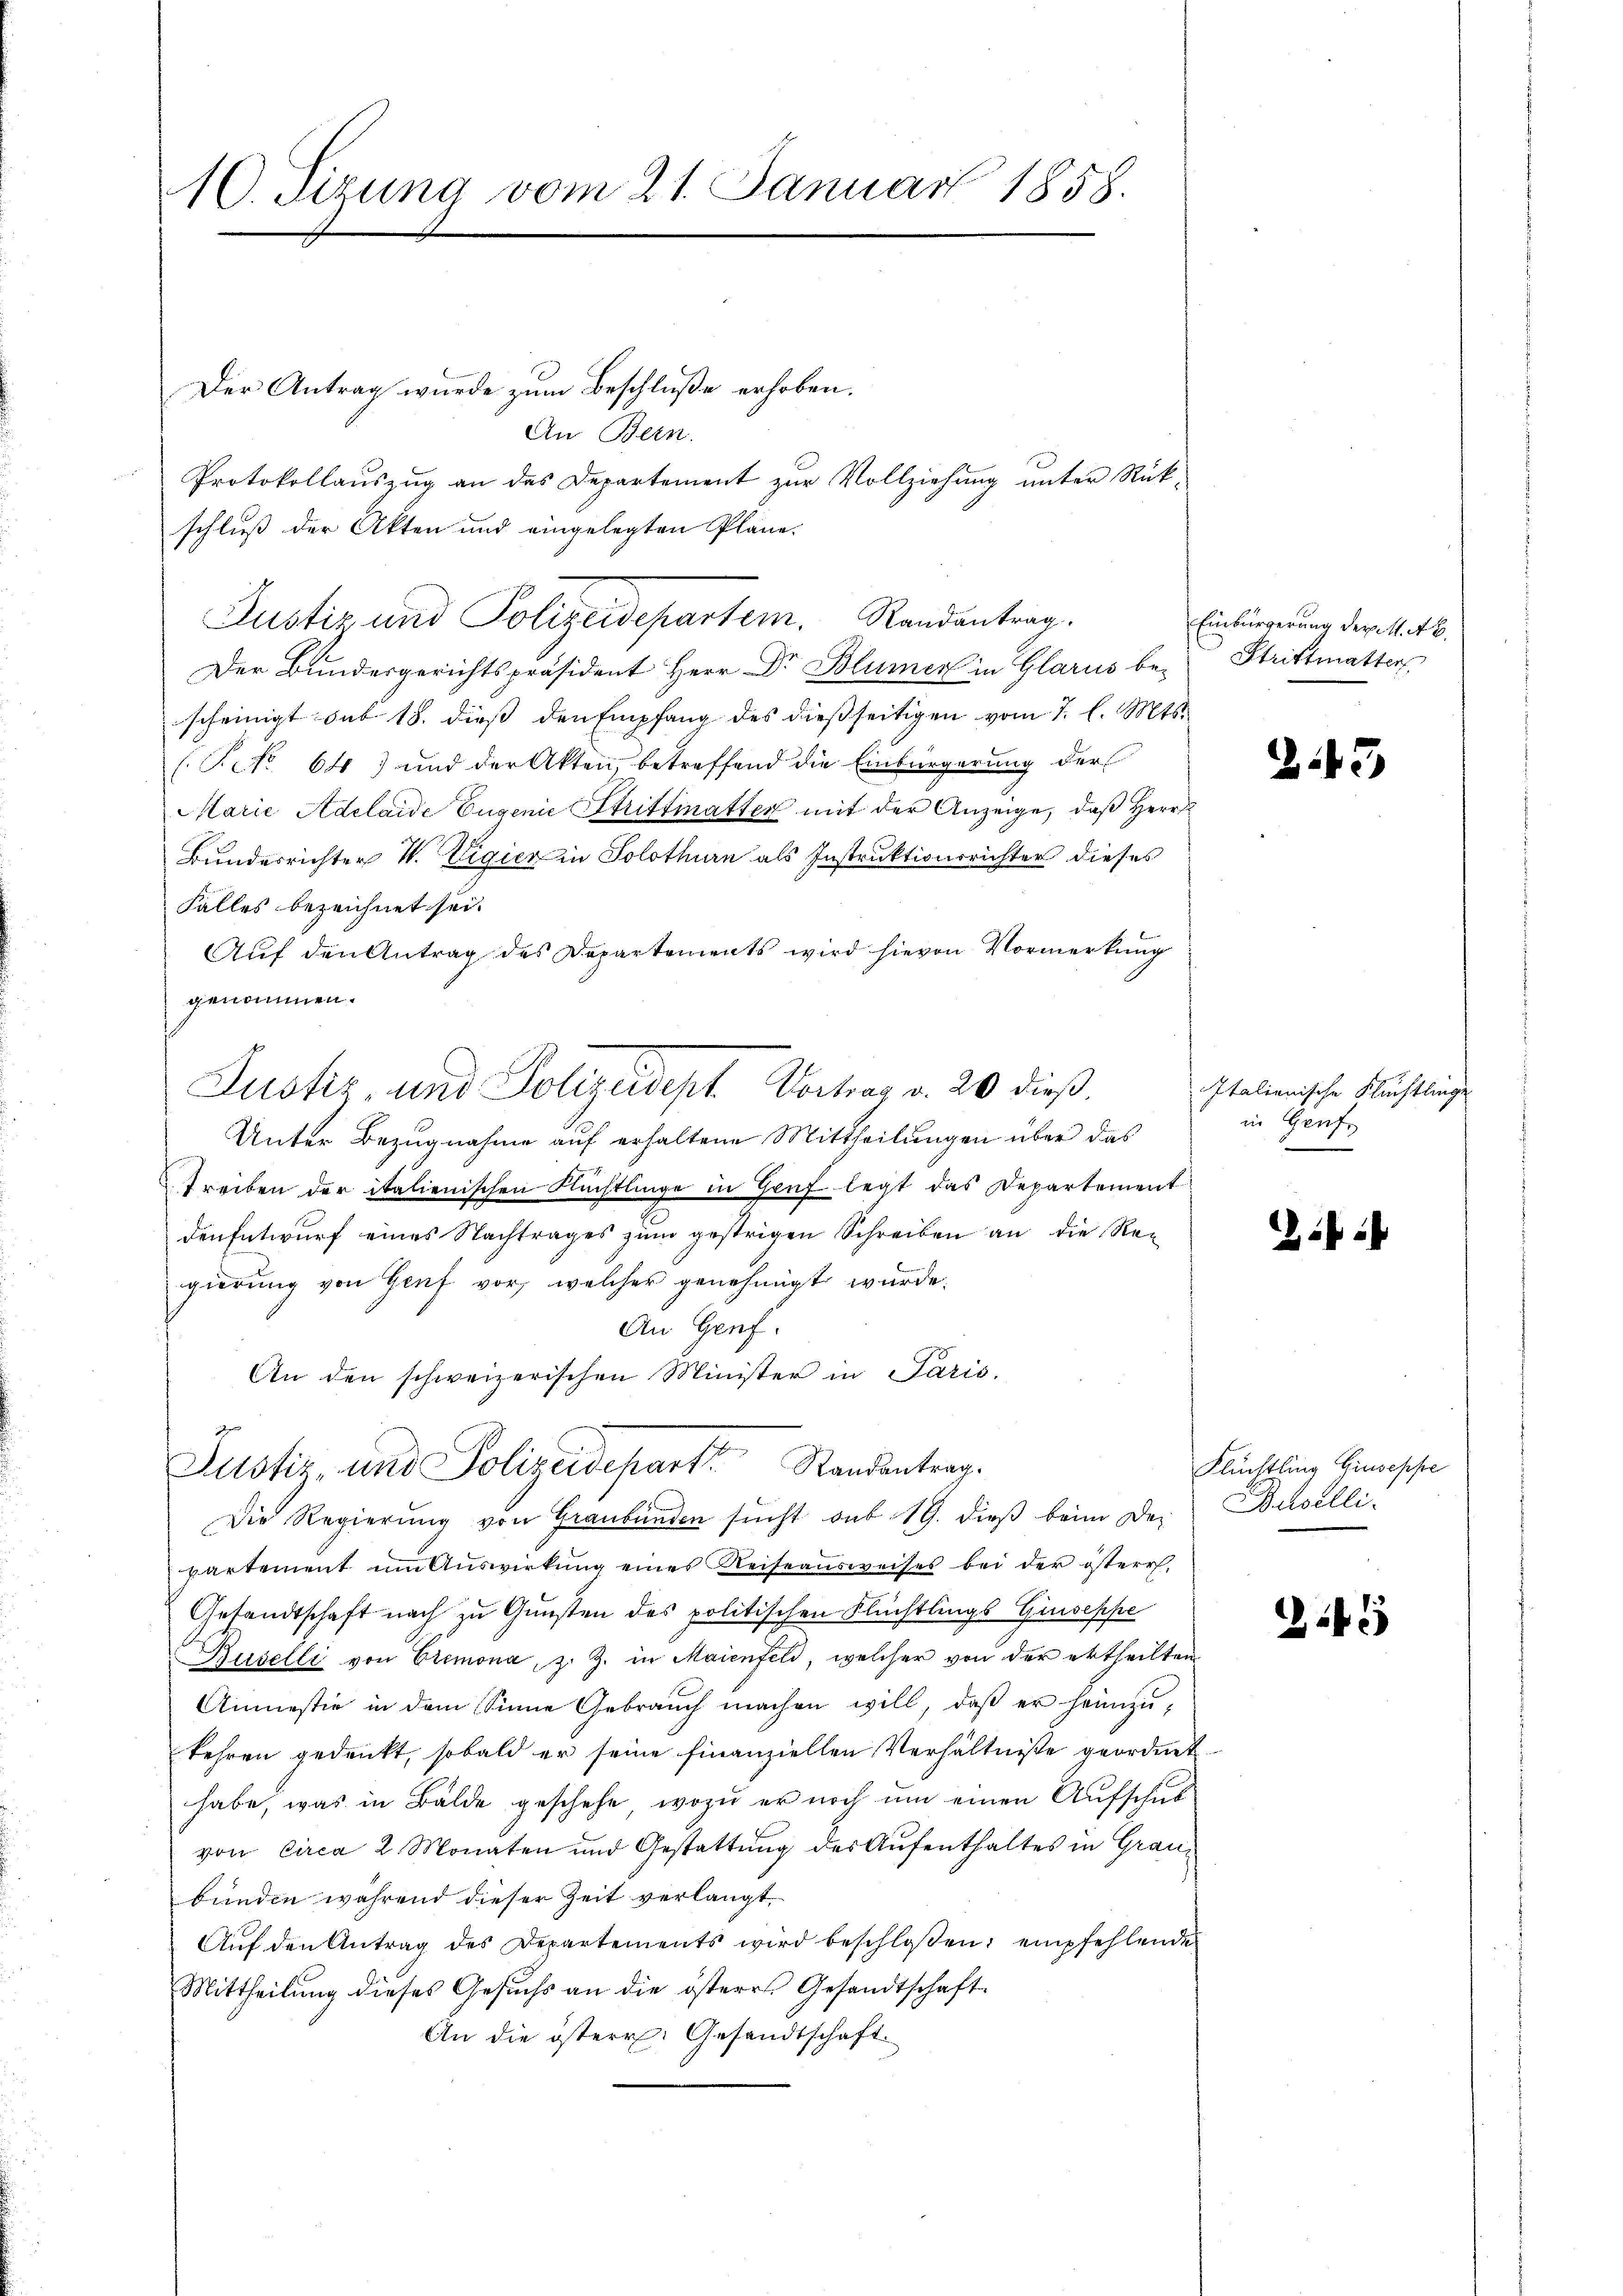
10. Sizung vom 21. Januar 1858.

Der Antrag wurde zum Beschluße erhoben.
An Bern.
Protokollauszug an des Departement zur Vollziehung unter Rück-
Der Bundesgerichtspräsident Herr Dr. Blümer in Glarus be-
scheinigt sub 18. diess den Empfang des dießseitigen vom 7. l. Mts.
(Pcto 64) und der Akten, betreffend die Einbürgerung der
Marie Adelaide Eugenie Strittmatter mit der Anzeige, daß Herr
Bunderrichter W. Vigicz in Solothurn als Instruktionsrichter dieses
Falles bezeichnet sei.
Auf den Antrag des Departements wird hievon Vormerkung
genommen.
Unter Bezugnahme auf erhaltene Mittheilungen über das
Treiben der italienischen Flüchtlinge in Genf legt das Departement
den Entwurf eines Nachtrages zum gestrigen Schreiben an die Regierung von Genf vor, welcher genehmigt wurde.
An Genf.
An den schweizerischen Minister in Paris.
d
Justiz, und Polizeidepart Standentrag.
Die Regierŭng von Graubünden sŭcht aus 19. dieβ beim Der Baselli
partement ŭm Aŭswirkŭng eines Reiseaŭsweises bei der österr.
Gesandtschaft nach zu Gunsten des politischen Flüchtlings Giuseppe
Rüselli von Cremona, z. Z. in Maienfeld, welcher von der ertheilten
Anmestie in dem Sinne Gebrauch machen will, daβ er heimzukehren gedankt, sobald er seine finanziellen Verhältniße geordnet.
habe, was in Bälde geschehe, wozu er noch um einen Aufschubvon circa 2 Monaten und Gestattung des Aufenthaltes in Graubunden während dieser Zeit verlangt
Aŭf den Antrag des Departements wird beschloßen, empfehlende
Mittheilung dieses Gesuchs an die österes Gesandtschaft
An die österr. Gesandtschaft

schluß der Akten und eingelegten Pläne.
Justiz und Polizeidepartem Randantrag.

Jucker, und Polizeidept. Vortrag v. 20 dieß

Einbürgerung der M. A.
Strittmatter

45

Italienische Flüchtlinge
in Genf,

Flüchtling Giuseppe

5